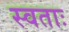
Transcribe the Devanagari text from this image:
स्वताः